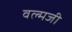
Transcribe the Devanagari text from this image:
वल्मजी